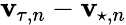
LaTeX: \boldsymbol{\mathbf{v}}_{\! \; \! \tau,n}-\boldsymbol{\mathbf{v}}_{\! \; \! \star,n}